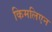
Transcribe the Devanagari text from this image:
किमलिएन